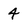
Character: 4